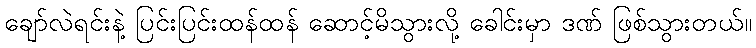
ချော်လဲရင်းနဲ့ ပြင်းပြင်းထန်ထန် ဆောင့်မိသွားလို့ ခေါင်းမှာ ဒဏ် ဖြစ်သွားတယ်။